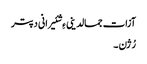
آزات جمالدینی ءِ شئیرانی دپتر
رُژن ۔